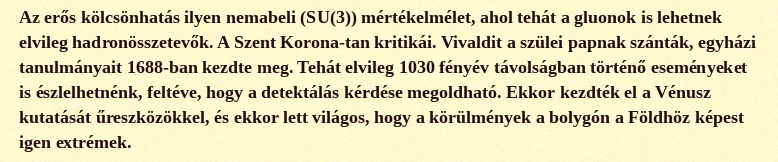
Az erős kölcsönhatás ilyen nemabeli (SU(3)) mértékelmélet, ahol tehát a gluonok is lehetnek elvileg hadronösszetevők. A Szent Korona-tan kritikái. Vivaldit a szülei papnak szánták, egyházi tanulmányait 1688-ban kezdte meg. Tehát elvileg 1030 fényév távolságban történő eseményeket is észlelhetnénk, feltéve, hogy a detektálás kérdése megoldható. Ekkor kezdték el a Vénusz kutatását űreszközökkel, és ekkor lett világos, hogy a körülmények a bolygón a Földhöz képest igen extrémek.